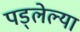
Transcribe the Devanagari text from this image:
पड्लेल्या